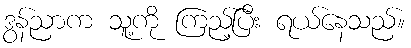
ဒွန်ညာက သူ့ကို ကြည့်ပြီး ရယ်နေသည်။